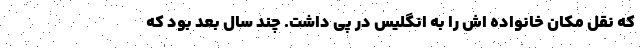
که نقل مکان خانواده اش را به انگلیس در پی داشت. چند سال بعد بود که